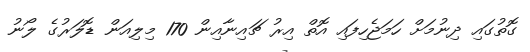
ގޮތުގައި ދިނުމަށް ހަމަޖެހިފައި އޮތް އިރު ޗައިނާއިން 170 މިލިއަން ޑޮލަރުގެ ލޯނު